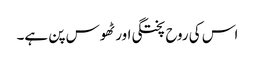
اس کی روح پختگی اور ٹھوس پن ہے۔